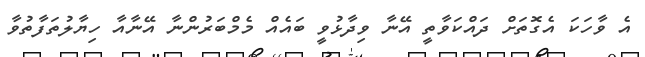
އެ ވާހަކަ އެގޮތަށް ދައްކަވާތީ އޭނާ ވިދާޅުވީ ބައެއް މެމްބަރުންނާ އޭނާއާ ހިޔާލުތަފާތުވާ